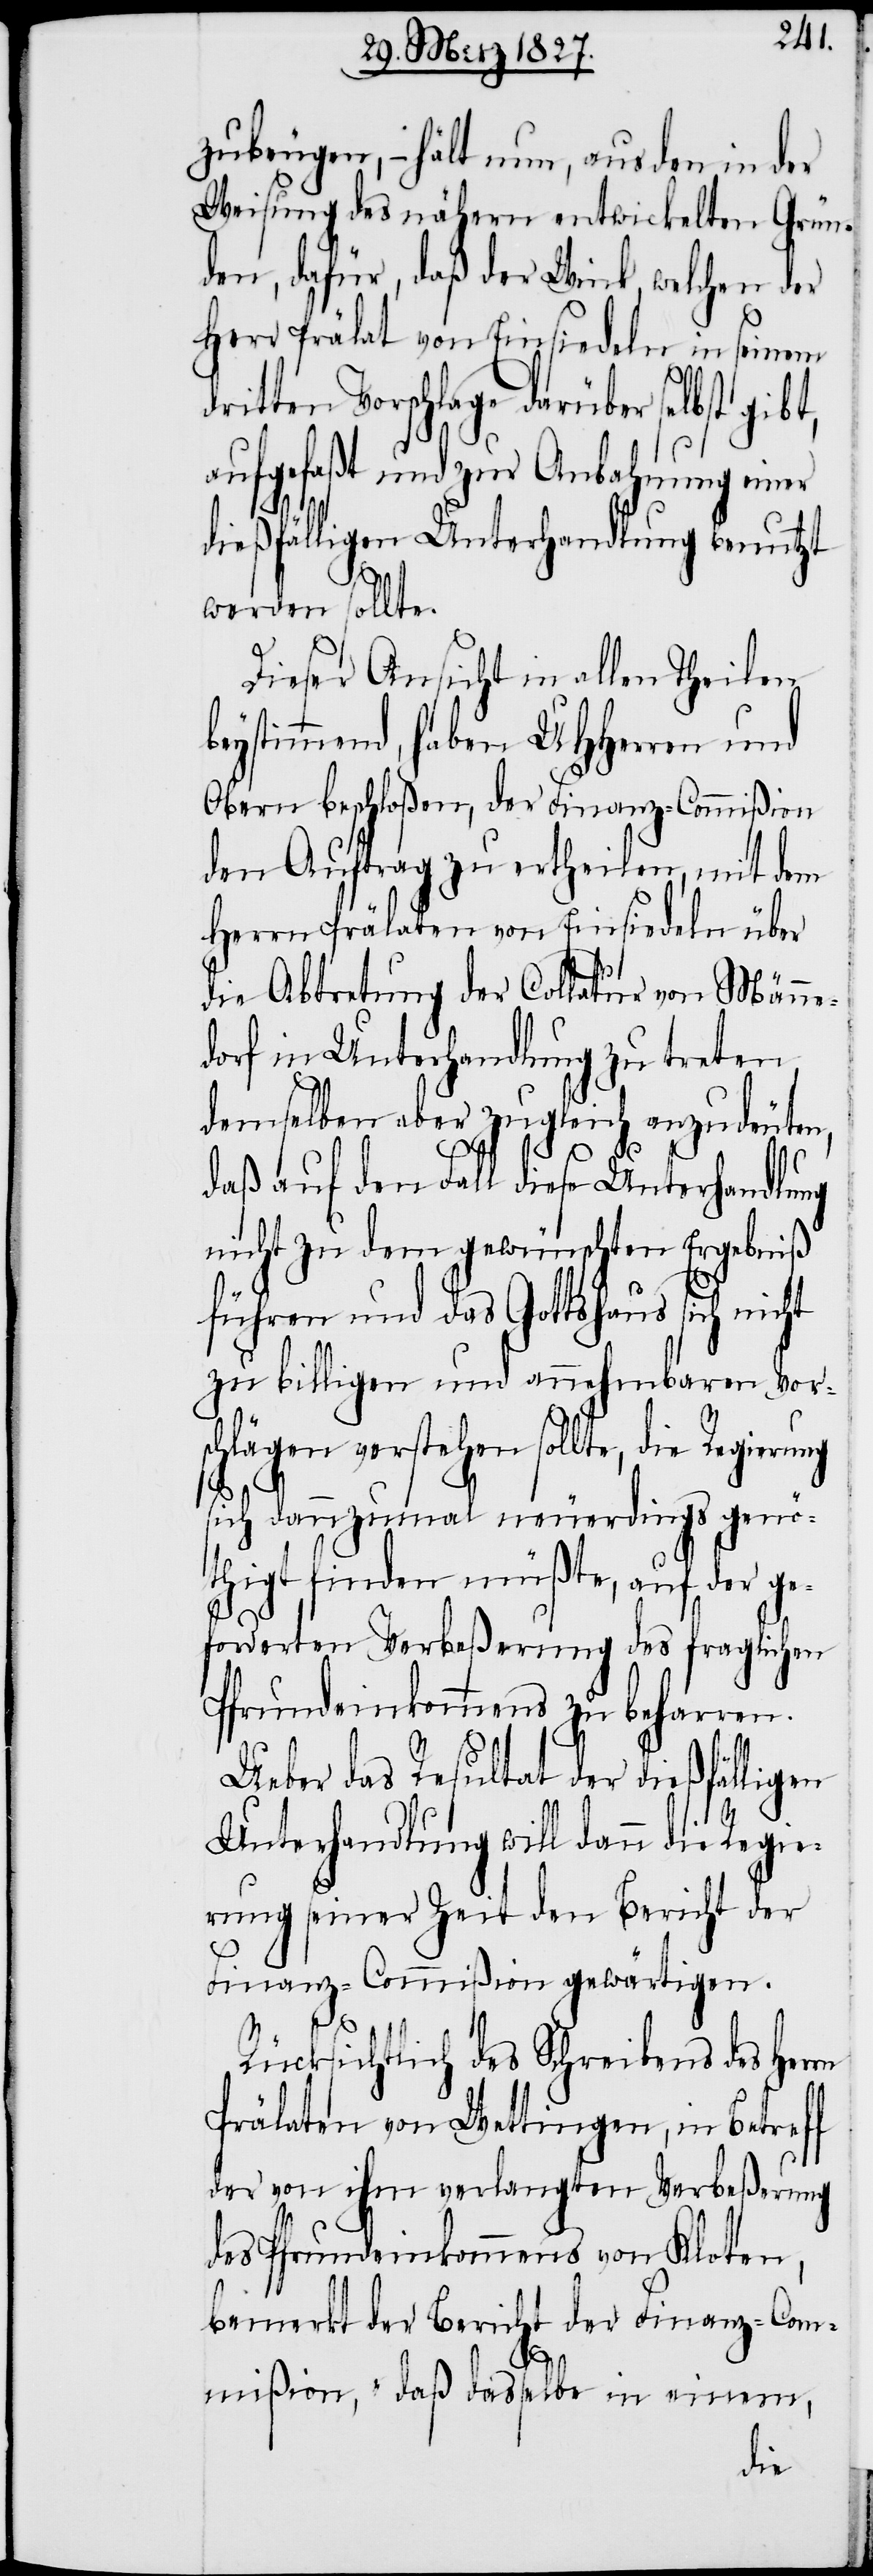
zubeugen, – hält nun, aus den in der
Weisung der nähern entwickelten Grün¬
den, dafür, daß der Wink, welchen der
Herr Prälat von Einsiedeln in seinem
dritten Vorschlage darüber selbst gibt,
aufgefaßt und zur Anbahnung einer
dießfälligen Unterhandlung benutzt
werden sollte.
Dieser Ansicht in allen Theilen
beystimmend, haben UHHerren und
Obern beschloßen, der Finanz-Commißion
den Auftrag zu ertheilen, mit dem
Herrn Prälaten von Einsiedeln über
die Abtretung der Collatur von Männe¬
dorf in Unterhandlung zu treten,
demselben aber zugleich anzudeuten,
daß auf den Fall diese Unterhandlung
nicht zu dem gewünschten Ergebniß
führen und das Gottshaus sich nicht
zu billigen und annehmbaren Vor¬
schlägen verstehen sollte, die Regierung
sich dannzumal neuerdings genö¬
thigt finden müßte, auf der ge¬
forderten Verbeßerung des fraglichen
Pfrundeinkommens zu beharren.
Ueber das Resultat der dießfälligen
Unterhandlung will dann die Regie¬
rung seiner Zeit den Bericht der
Finanz-Commißion gewärtigen.
Rücksichtlich des Schreibens des Herrn
Prälaten von Wettingen, in Betreff
der von ihm verlangten Verbeßerung
des Pfrundeinkommens von Kloten,
bemerkt der Bericht der Finanz-Com¬
mißion, „daß dasselbe in einem,